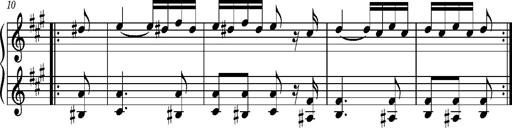
Title: Ungarischer Romanzero
Composer: Franz Liszt